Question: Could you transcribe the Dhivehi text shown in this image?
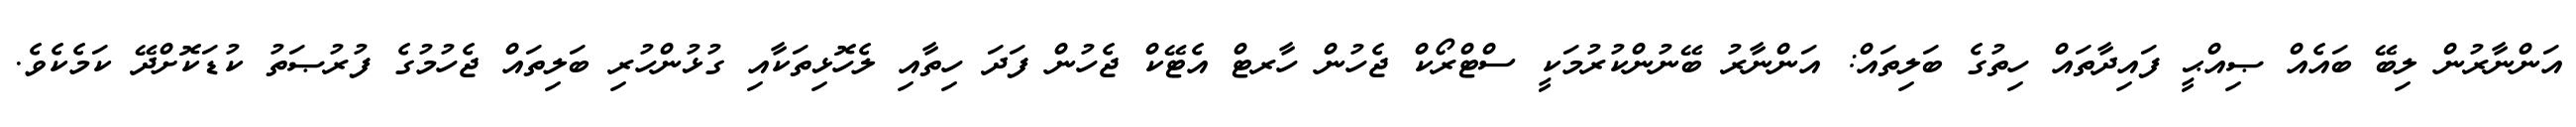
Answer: އަންނާރުން ލިބޭ ބައެއް ޞިއްޙީ ފައިދާތައް ހިތުގެ ބަލިތައް: އަންނާރު ބޭނުންކުރުމަކީ ސްޓްރޯކް ޖެހުން ހާރޓް އެޓޭކް ޖެހުން ފަދަ ހިތާއި ލެހޮޅިތަކާއި ގުޅުންހުރި ބަލިތައް ޖެހުމުގެ ފުރުޞަތު ކުޑަކޮށްދޭ ކަމެކެވެ.